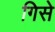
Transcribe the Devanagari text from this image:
गिसे